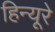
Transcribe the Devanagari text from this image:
हिन्यूरे